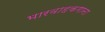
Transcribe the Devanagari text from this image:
भारवाहकगाना